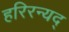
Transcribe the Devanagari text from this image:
हरिरन्यद्